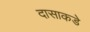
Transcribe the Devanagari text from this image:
दासाकडे